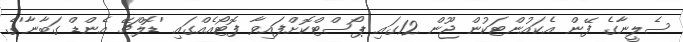
ސެލީނާގެ ފޭން އެކައުންޓަކުން ޖޫން 12ގައި ޕޯސްޓްކޮށްފައިވާ ފޮޓޯއެއްގައި 'ޑޮލްޗޭ އެންޑް ގަބާނާ'ގެ